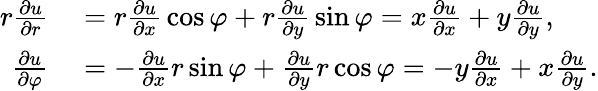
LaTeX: \begin{array}{rl}{r{\frac{\partial u}{\partial r}}}&{{}=r{\frac{\partial u}{\partial x}}\cos\varphi+r{\frac{\partial u}{\partial y}}\sin\varphi=x{\frac{\partial u}{\partial x}}+y{\frac{\partial u}{\partial y}},}\\ {{\frac{\partial u}{\partial\varphi}}}&{{}=-{\frac{\partial u}{\partial x}}r\sin\varphi+{\frac{\partial u}{\partial y}}r\cos\varphi=-y{\frac{\partial u}{\partial x}}+x{\frac{\partial u}{\partial y}}.}\end{array}